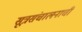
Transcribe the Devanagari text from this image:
सूत्रसंचालनाची